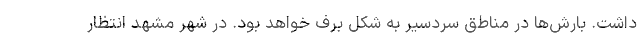
داشت. بارش‌ها در مناطق سردسیر به شکل برف خواهد بود. در شهر مشهد انتظار